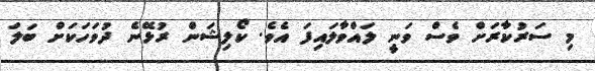
މި ސަރުކާރަށް ވެސް ވަނީ ލައްވާލައިފަ އެވެ. ކޯލިޝަން ރުޅޭނެ ދުވަހަކަށް ބަލަ